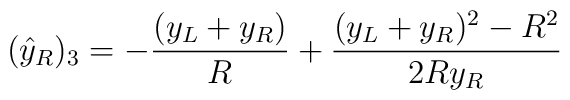
({\hat y}_R)_3         =  -{ (y_L+y_R)\over R} +{(y_L +y_R)^2 - R^2 \over 2Ry_R }